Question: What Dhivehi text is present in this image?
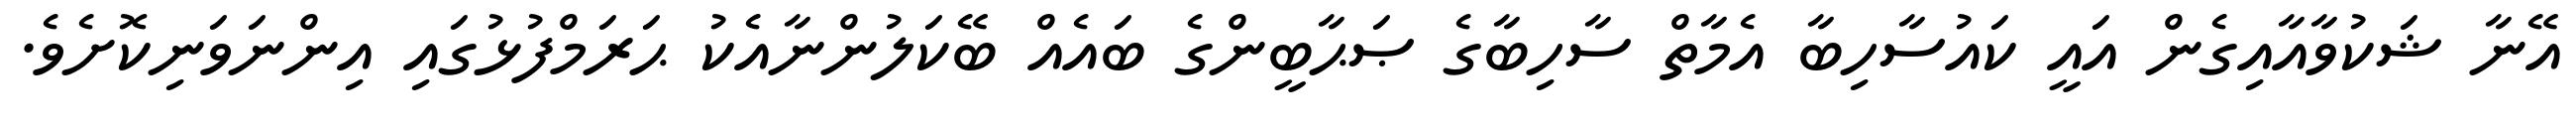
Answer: އޭނާ ޝަކުވާއާއިގެން އައީ ކައުސާހިބާ އެމާތް ސާހިބާގެ ޞަޙާބީންގެ ބައެއް ބޭކަލުންނާއެކު ޙަރަމްފުޅުގައި އިންނަވަނިކޮށެވެ.